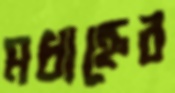
মধ্যহ্নের